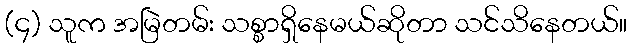
(၄) သူက အမြဲတမ်း သစ္စာရှိနေမယ်ဆိုတာ သင်သိနေတယ်။